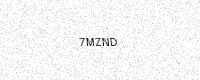
Text: 7MZND